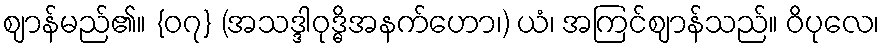
ဈာန်မည်၏။ {၀၇} (အသဒ္ဒါဝုဒ္ဓိအနက်ဟော၊) ယံ၊ အကြင်ဈာန်သည်။ ဝိပုလေ၊